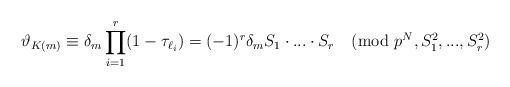
LaTeX: \begin{align*} \vartheta_{K(m)} \equiv \delta_{m}\prod_{i=1}^{r}(1-\tau_{\ell_{i}}) =(-1)^{r}\delta_{m}S_{1}\cdot...\cdot S_{r}\pmod{p^{N}, S_{1}^{2},...,S_{r}^{2}}\end{align*}